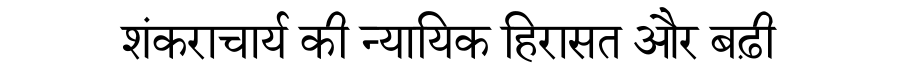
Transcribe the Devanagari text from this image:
शंकराचार्य की न्यायिक हिरासत और बढ़ी